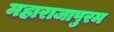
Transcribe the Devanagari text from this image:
महाराजापुरम